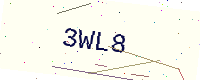
Text: 3WL8